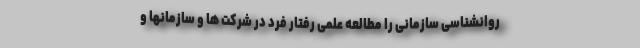
روانشناسی سازمانی را مطالعه علمی رفتار فرد در شرکت ها و سازمانها و